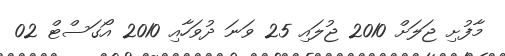
މާފުށި ޖަލަށް 2010 ޖުލައި 25 ވަނަ ދުވަހާއި 2010 އޯގަސްޓް 02